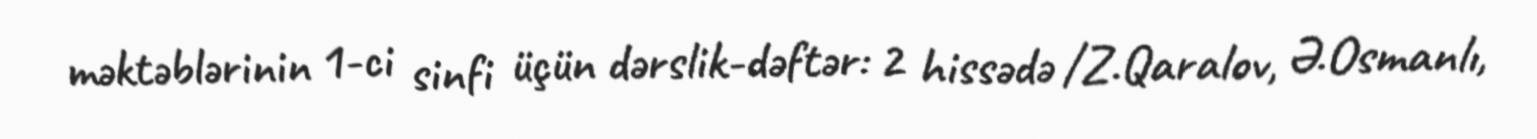
məktəblərinin 1-ci sinfi üçün dərslik-dəftər: 2 hissədə /Z.Qaralov, Ə.Osmanlı,